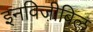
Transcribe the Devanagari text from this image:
इनविजी़बिल